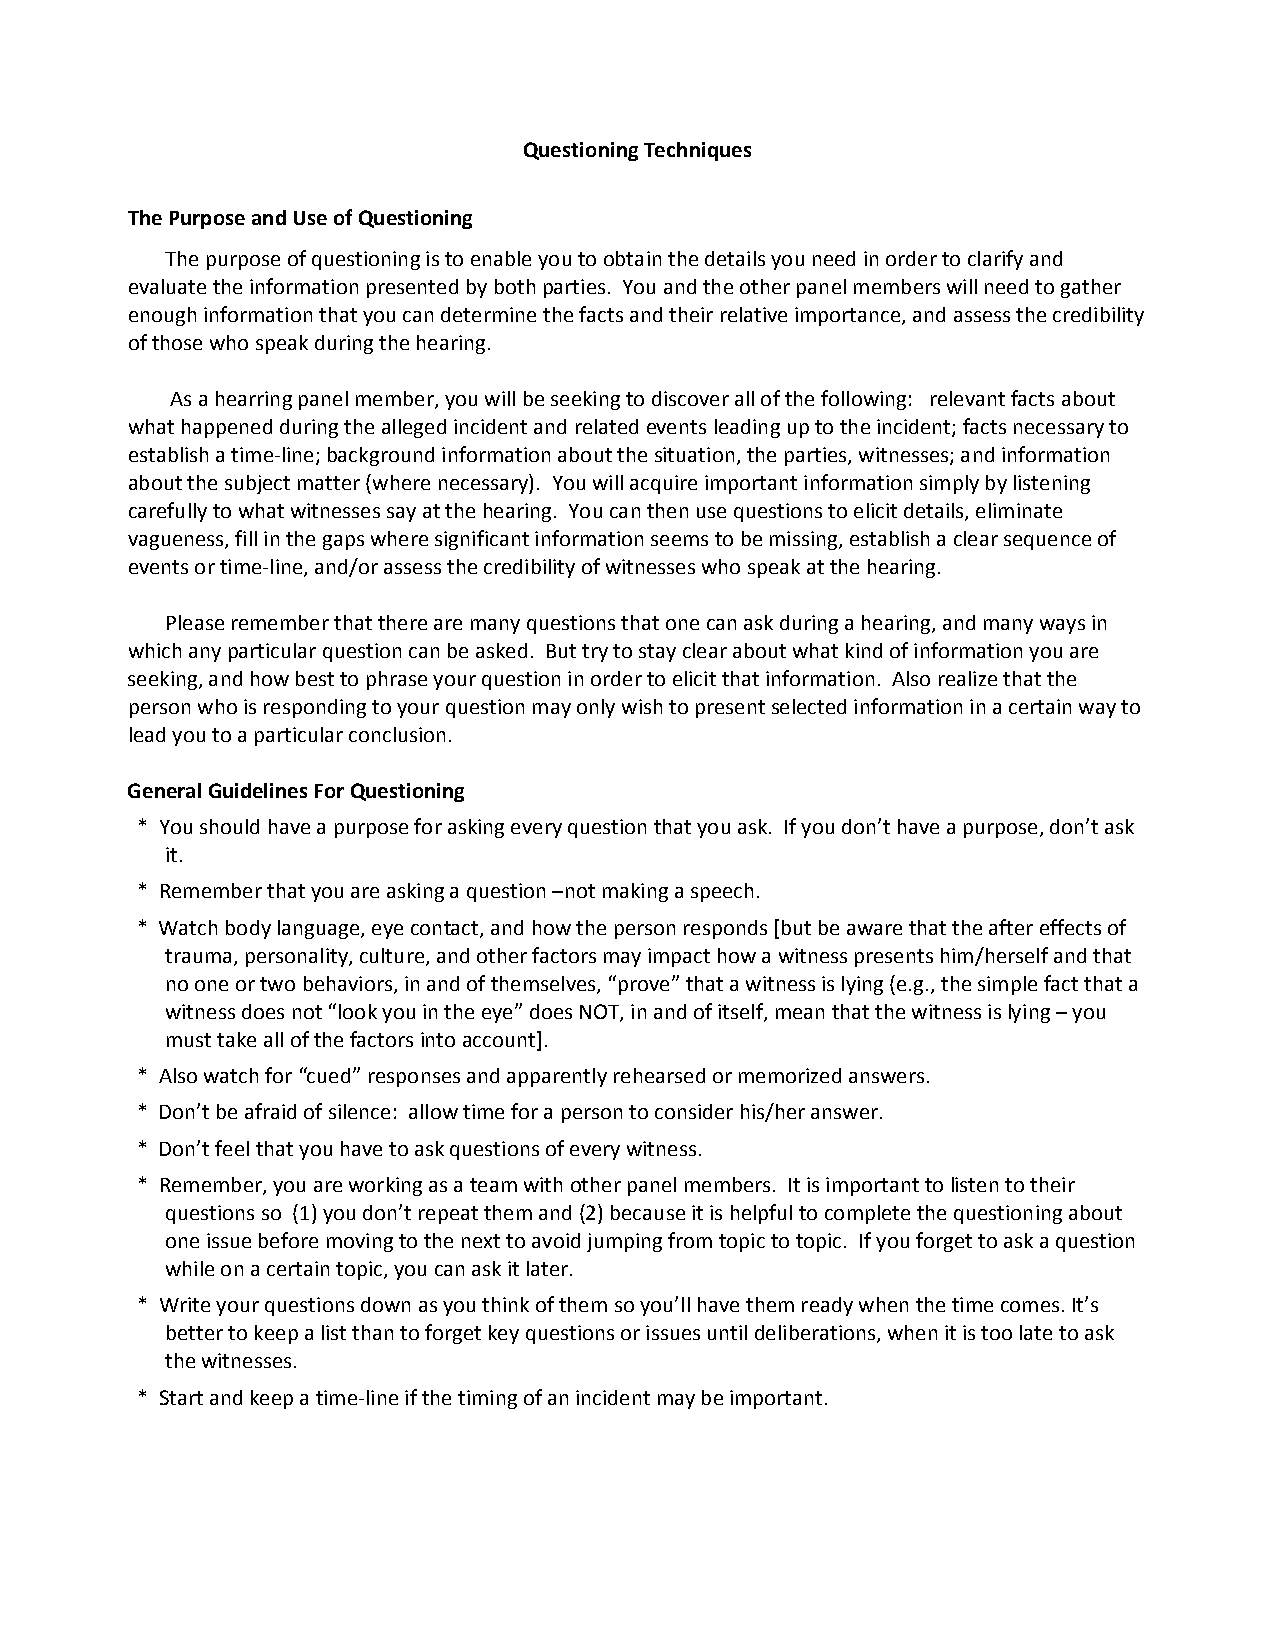
Questioning Techniques
 The Purpose and Use of Questioning
 The purpose of questioning is to enable you to obtain the details you need in order to clarify and
 evaluate the information presented by both parties. You and the other panel members will need to gather
 enough information that you can determine the facts and their relative importance, and assess the credibility
 of those who speak during the hearing.
 As a hearring panel member, you will be seeking to discover all of the following: relevant facts about
 what happened during the alleged incident and related events leading up to the incident; facts necessary to
 establish a time‐line; background information about the situation, the parties, witnesses; and information
 about the subject matter (where necessary). You will acquire important information simply by listening
 carefully to what witnesses say at the hearing. You can then use questions to elicit details, eliminate
 vagueness, fill in the gaps where significant information seems to be missing, establish a clear sequence of
 events or time‐line, and/or assess the credibility of witnesses who speak at the hearing.
 Please remember that there are many questions that one can ask during a hearing, and many ways in
 which any particular question can be asked. But try to stay clear about what kind of information you are
 seeking, and how best to phrase your question in order to elicit that information. Also realize that the
 person who is responding to your question may only wish to present selected information in a certain way to
 lead you to a particular conclusion.
 General Guidelines For Questioning
 * You should have a purpose for asking every question that you ask. If you don’t have a purpose, don’t ask
 it.
 * Remember that you are asking a question –not making a speech.
 * Watch body language, eye contact, and how the person responds [but be aware that the after effects of
 trauma, personality, culture, and other factors may impact how a witness presents him/herself and that
 no one or two behaviors, in and of themselves, “prove” that a witness is lying (e.g., the simple fact that a
 witness does not “look you in the eye” does NOT, in and of itself, mean that the witness is lying – you
 must take all of the factors into account].
 * Also watch for “cued” responses and apparently rehearsed or memorized answers.
 * Don’t be afraid of silence: allow time for a person to consider his/her answer.
 * Don’t feel that you have to ask questions of every witness.
 * Remember, you are working as a team with other panel members. It is important to listen to their
 questions so (1) you don’t repeat them and (2) because it is helpful to complete the questioning about
 one issue before moving to the next to avoid jumping from topic to topic. If you forget to ask a question
 while on a certain topic, you can ask it later.
 * Write your questions down as you think of them so you’ll have them ready when the time comes. It’s
 better to keep a list than to forget key questions or issues until deliberations, when it is too late to ask
 the witnesses.
 * Start and keep a time‐line if the timing of an incident may be important.